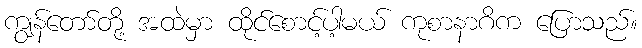
ကျွန်တော်တို့ အထဲမှာ ထိုင်စောင့်ပါ့မယ် ကုစာနာဂိက ပြောသည်။